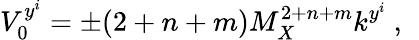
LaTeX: V_{0}^{y^{i}}=\pm(2+n+m)M_{X}^{2+n+m}k^{y^{i}}~,~\,